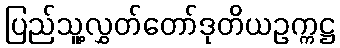
ပြည်သူ့လွှတ်တော်ဒုတိယဥက္ကဋ္ဌ